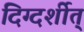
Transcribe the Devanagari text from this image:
दिग्दर्शीत्